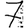
Digit: 7